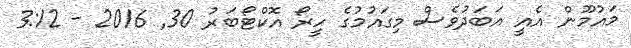
މައުމޫން އެއީ އަބަދުވެސް މިގައުމުގެ ހީރޯ އޮކްޓޯބަރު 30